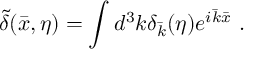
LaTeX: \tilde { \delta } ( \bar { x } , \eta ) = \int d ^ { 3 } k \delta _ { \bar { k } } ( \eta ) e ^ { i \bar { k } \bar { x } } ~ .